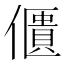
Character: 𠏺